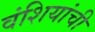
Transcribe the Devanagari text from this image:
वंशियांची